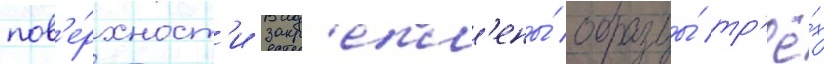
пов'е́рхност'и закр'епл'ены́ образцы́ тр'ё́х